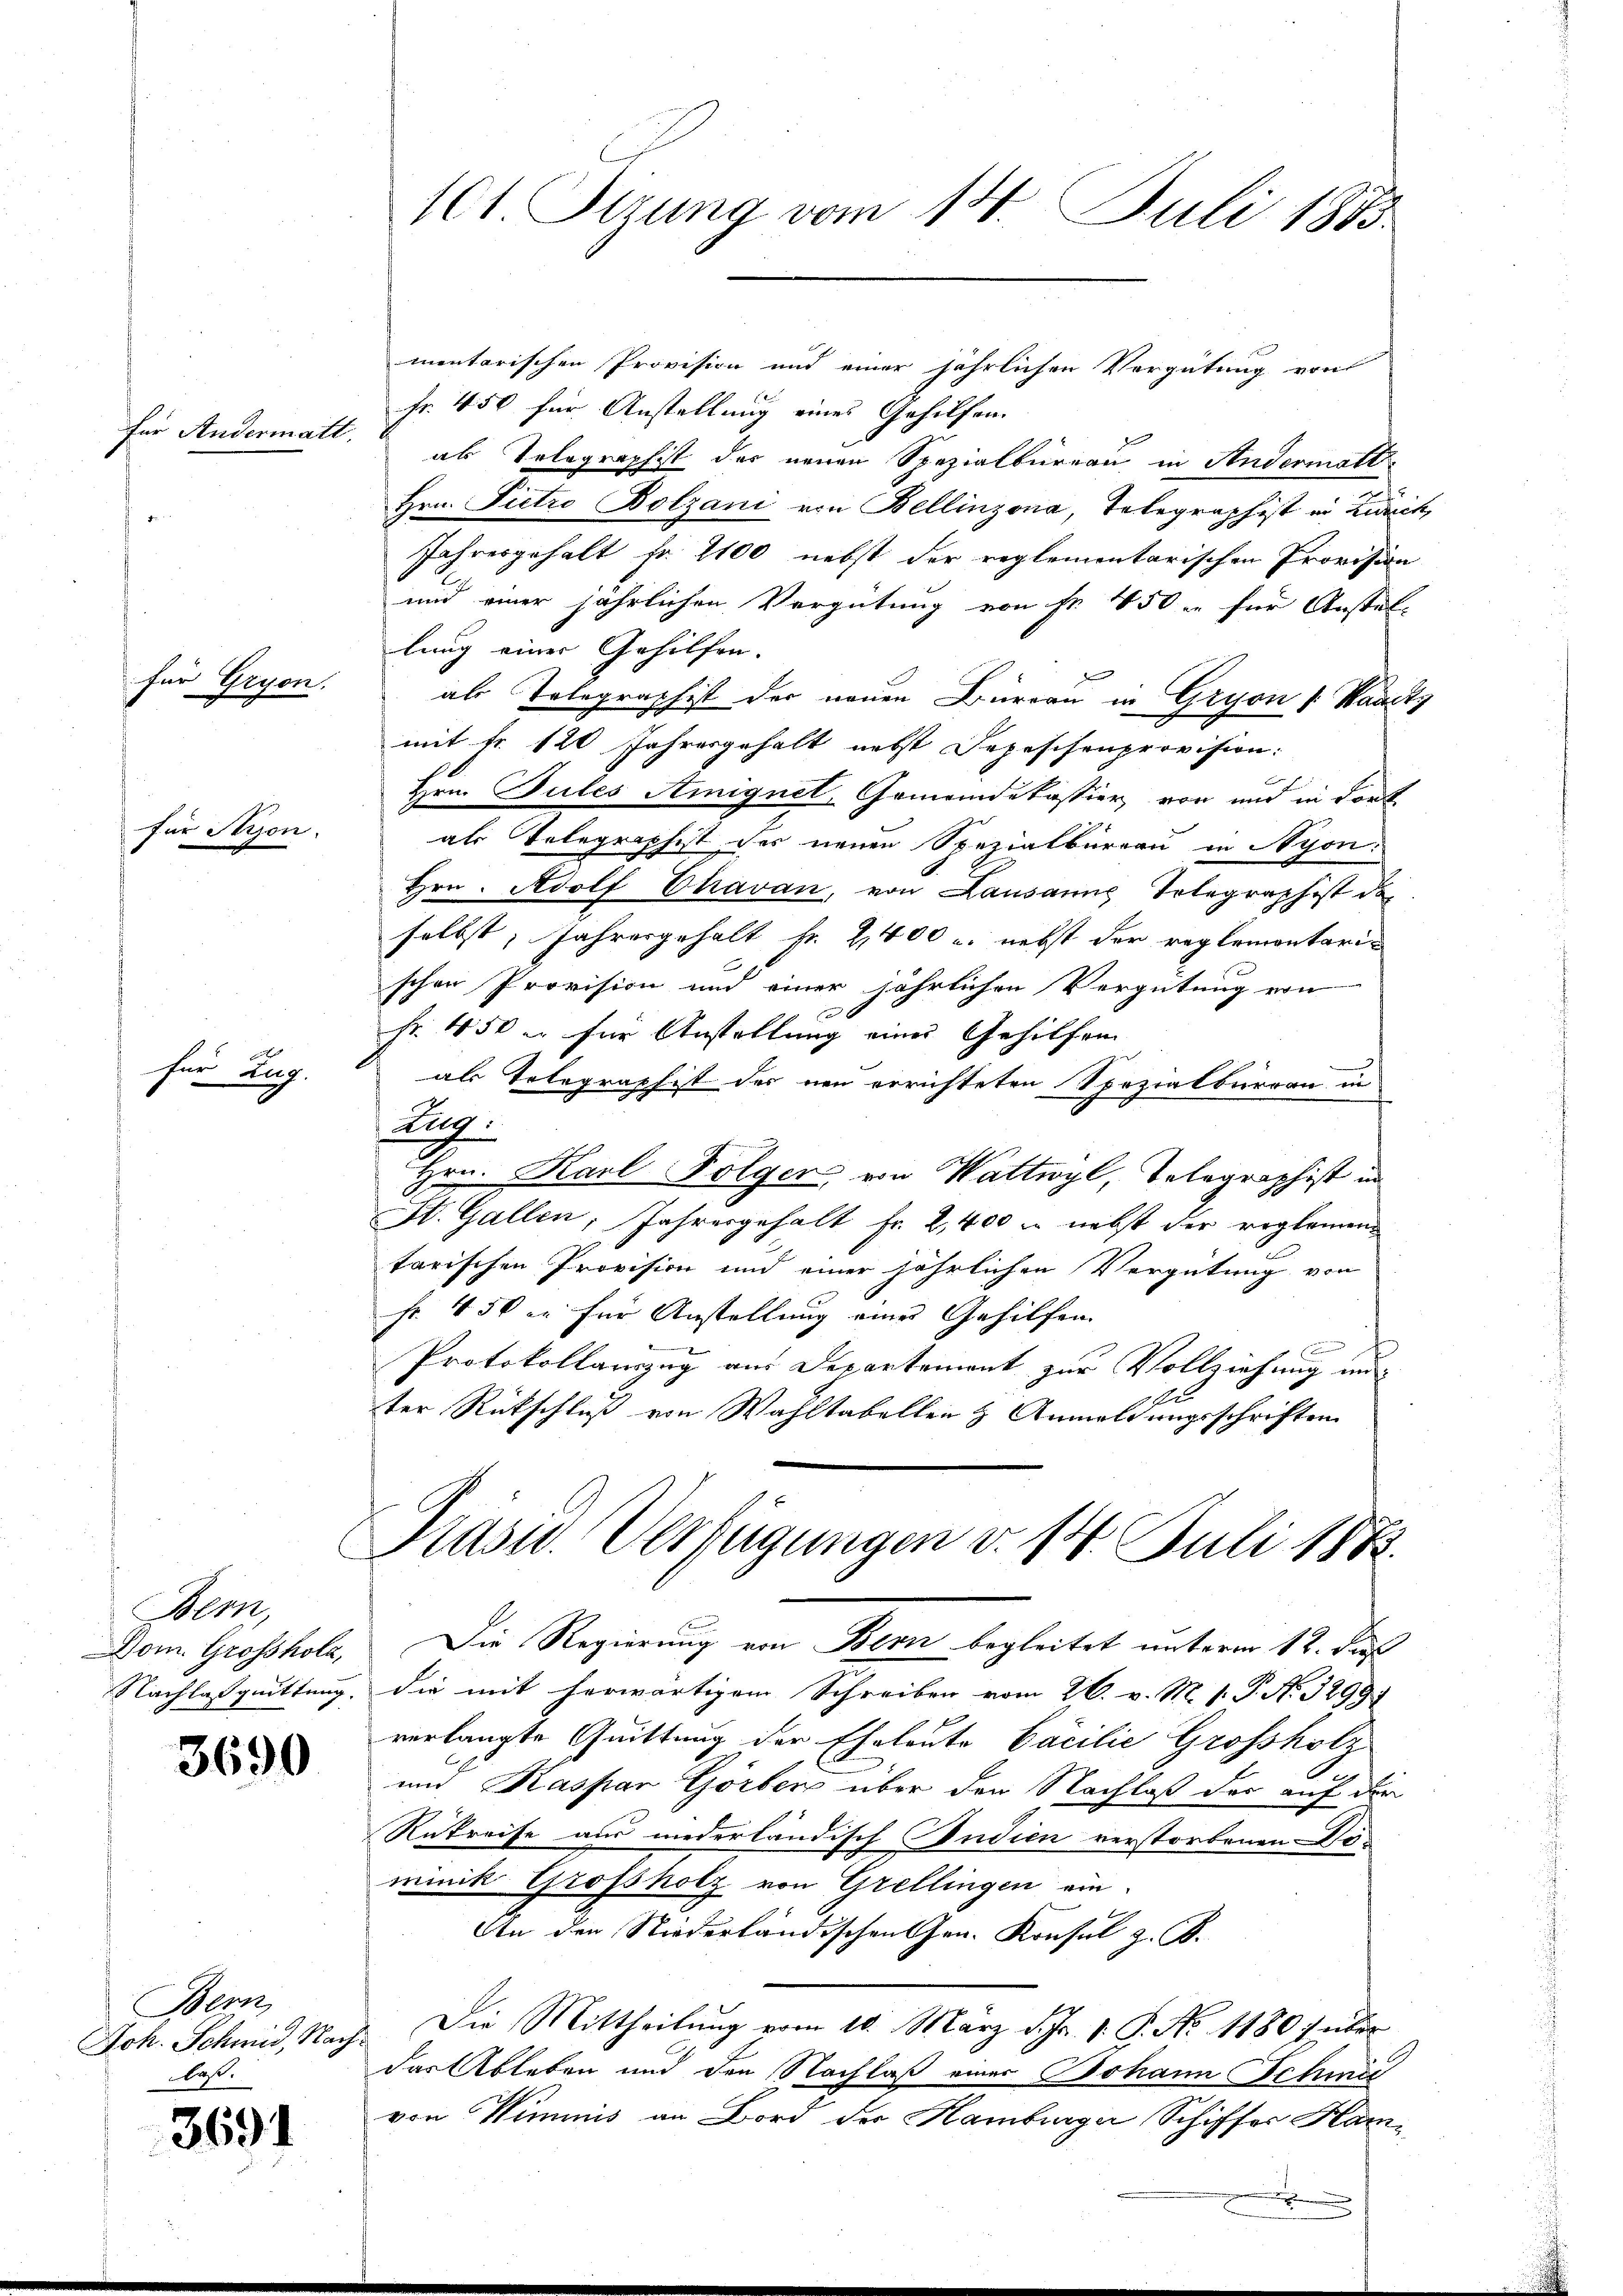
für Andermatt.

für Gryon.

für Zug.

Bern,
Dom. Grossholz,
Nachlasquittung.

3690

Bern,
Joh. Schmid, Nach
daß.

3691

101 Sizung vom 14. Juli 1875

mentarischen Provision und einer jährlichen Vergütung von
Fr. 450 für Anstellung eines Gehilfen
als Telegraphist der neuen Spezialbüreau in Andermatt
Hrn. Pietro Bolzani von Bellinzona, Telegraphist in Zürich
Jahresgehalt fr. 2100 nebst der reglementarischen Provision
und einer jährlichen Vergütung von Fr. 450 r für Anstel-
lung einer Gehilfen.
als Telegraphist der neuen Büreau in Gryon [Waadt
mit Nr. 120 Jahresgehalt nebst Depeschenprovision:
Hrn. Pules Amignet, Gemeindekassier von und in Fortals Telegraphist der neuen Spezialbüreau in Nyon:
Hrn. Adolf Chavan, von Lausanne Telegraphist de
selbst, Jahresgehalt fr. 2400 u. nebst der reglementari
schen Provision und einer jährlichen Vergütung von
Fr. 450 u. für Anstellung eines Gehilfen
als Telegraphist der neu errichteten Spezialbureau in
Ag.
Hrn. Karl Folger von Wattwyl, Telegraphist in
St. Gallen, Jahresgehalt Fr. 2,400 M nebst der reglemen
tarischen Provision und einer jährlichen Vergütung von
Fr. 450 er für Anstellung eines Gehilfen

Protokollauszug aus Departement zur Vollziehung un
ter Rückschluß von Wahltabellen & Anmeldungsschriften

Die Regierung von Bern begleitet unterm 12. Fuß
die mit herwärtigem Schreiben vom 26. v. M. v. P. Nr. 3299
verlangte Quittung der Eheleute Facilie Grossholz
und Kaspar Görber über den Nachlaß der auf der
Rukreise aus niederländisch udien verstorbenen Be-
minik Grofsholz von Grellingen ein
An den Niederländischen Hrn. Konsul z. B.
 Die Mittheilung vom 10. März d. Js. v. P. No. 1480 f über
das Ableben und den Nachlaß eines Johann Schmid
von Wimmnis an Bord der Hamburger Schiffer Ham¬
.

Prasw. Verfügungen v. 14. Juli 1883.